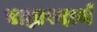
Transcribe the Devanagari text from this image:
बाह्यपदार्थ